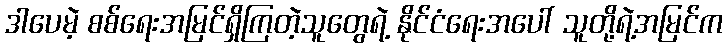
ဒါပေမဲ့ စစ်ရေးအမြင်ရှိကြတဲ့သူတွေရဲ့ နိုင်ငံရေးအပေါ် သူတို့ရဲ့အမြင်က